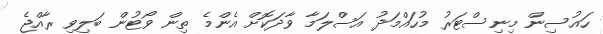
ހައުސިން މިނިސްޓަރު މުހައްމަދު އަސްލަމާ ވާދަކޮށް އެންމެ ތިން ވޯޓުން ބަލިވި ރާއްޖެ